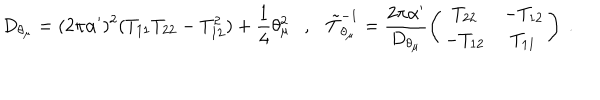
LaTeX: D _ { \theta _ { \mu } } = ( 2 \pi \alpha ^ { \prime } ) ^ { 2 } ( T _ { 1 1 } T _ { 2 2 } - T _ { 1 2 } ^ { 2 } ) + \frac { 1 } { 4 } \theta _ { \mu } ^ { 2 } , \tilde { T } _ { \theta _ { \mu } } ^ { - 1 } = \frac { 2 \pi \alpha ^ { \prime } } { D _ { \theta _ { \mu } } } \left( \begin{matrix} { { T _ { 2 2 } } } & { { - T _ { 1 2 } } } \\ { { - T _ { 1 2 } } } & { { T _ { 1 1 } } } \\ \end{matrix} \right) ~ .